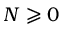
N \geqslant 0